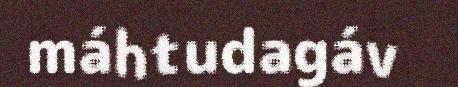
máhtudagáv